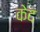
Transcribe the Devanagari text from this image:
केद